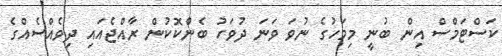
ކަސްޓަމްސް އިން ބުނީ މިމަހުގެ ނުވަ ވަނަ ދުވަހު ބެންކޮކުން ރާއްޖެއައި ދިވެއްސެއްގެ